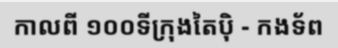
កាលពី ១០០ទីក្រុងតៃប៉ិ - កងទ័ព